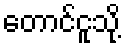
တောင်ငူသို့